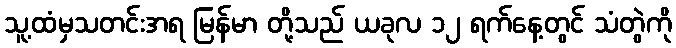
သူ့ထံမှသတင်းအရ မြန်မာ တို့သည် ယခုလ ၁၂ ရက်နေ့တွင် သံတွဲကို